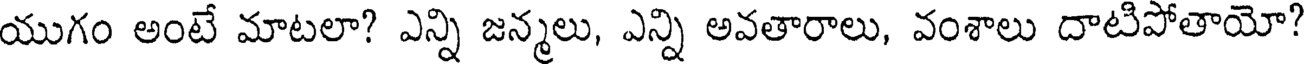
యుగం అంటే మాటలా? ఎన్ని జన్మలు, ఎన్ని అవతారాలు, వంశాలు దాటిపోతాయో?